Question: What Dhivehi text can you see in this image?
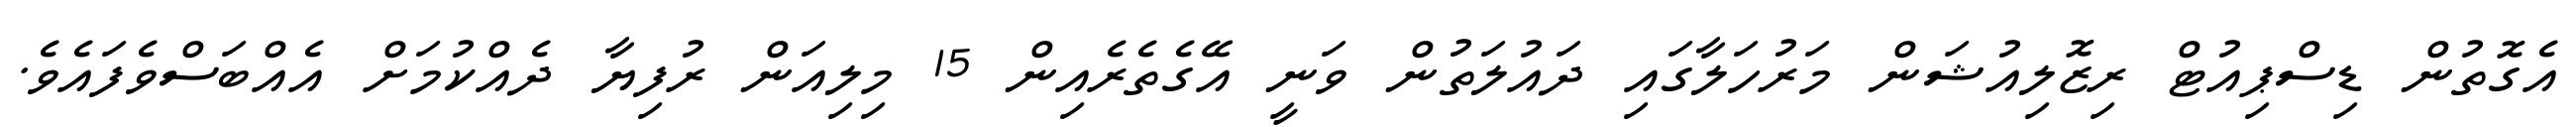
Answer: އެގޮތުން ޑިސްޕިއުޓް ރިޒޮލިއުޝަން މަރުހަލާގައި ދައުލަތުން ވަނީ އޭގެތެރެއިން 15 މިލިއަން ރުފިޔާ ދެއްކުމަށް އެއްބަސްވެފައެވެ.